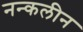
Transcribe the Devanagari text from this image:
नन्कलीन